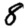
Digit: 8